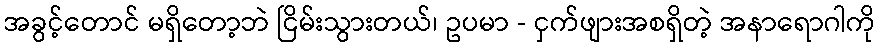
အခွင့်တောင် မရှိတော့ဘဲ ငြိမ်းသွားတယ်၊ ဥပမာ - ငှက်ဖျားအစရှိတဲ့ အနာရောဂါကို